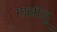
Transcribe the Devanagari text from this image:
गाओज़ू